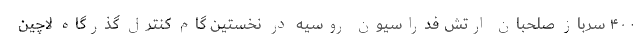
۴۰۰ سرباز صلحبان ارتش فدراسیون روسیه در نخستین گام کنترل گذرگاه لاچین